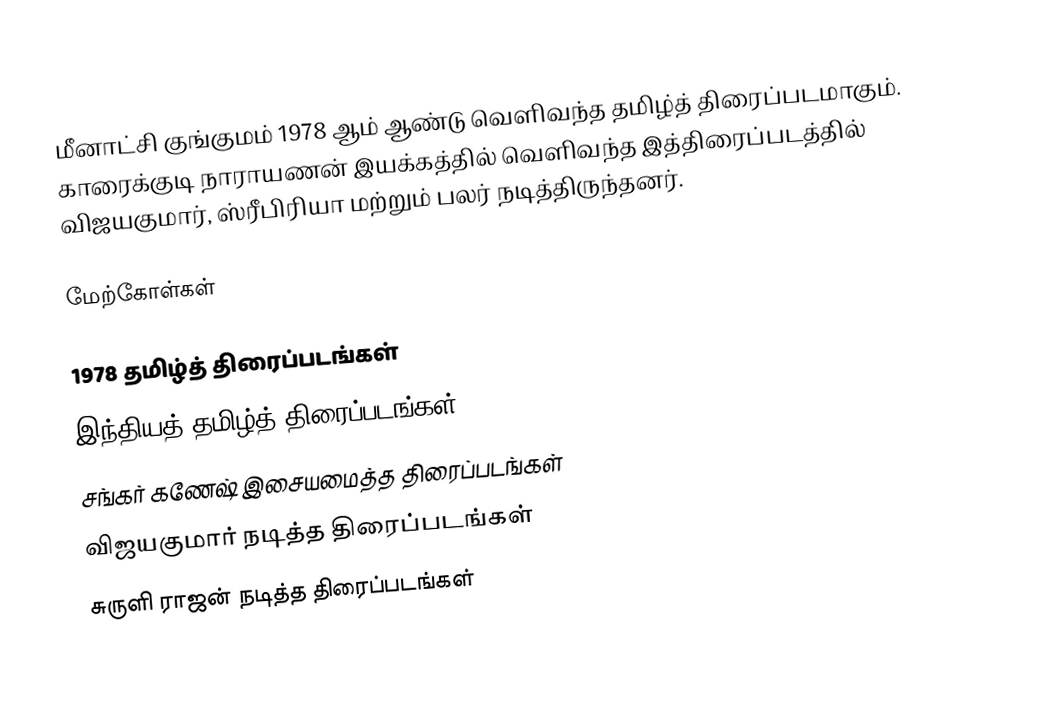
மீனாட்சி குங்குமம் 1978 ஆம் ஆண்டு வெளிவந்த தமிழ்த் திரைப்படமாகும். காரைக்குடி நாராயணன் இயக்கத்தில் வெளிவந்த இத்திரைப்படத்தில் விஜயகுமார், ஸ்ரீபிரியா மற்றும் பலர் நடித்திருந்தனர்.

மேற்கோள்கள்

1978 தமிழ்த் திரைப்படங்கள்
இந்தியத் தமிழ்த் திரைப்படங்கள்
சங்கர் கணேஷ் இசையமைத்த திரைப்படங்கள்
விஜயகுமார் நடித்த திரைப்படங்கள்
சுருளி ராஜன் நடித்த திரைப்படங்கள்